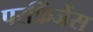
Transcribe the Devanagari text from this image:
परफ्रिंजेंस